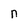
Character: n